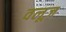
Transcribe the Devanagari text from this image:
वलूज़